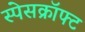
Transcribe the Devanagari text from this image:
स्पेसक्रॉफ्ट